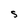
Character: s